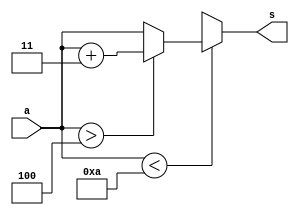
`timescale 1ns / 1ps

module add_3(
    input [3:0] a,
    output reg [3:0] s
    );
    
    always @(*)
    begin
        if(a < 10)
            begin
                if(a > 4) s = a + 3;
                else s = a;
            end
        else
            s = 4'bxxxx;
    end
endmodule